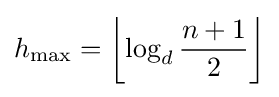
h_{\mathrm {max} }=\left\lfloor \log _{d}{\frac {n+1}{2}}\right\rfloor